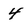
Character: 4